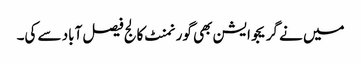
میں نے گریجوایشن بھی گورنمنٹ کالج فیصل آباد سے کی۔